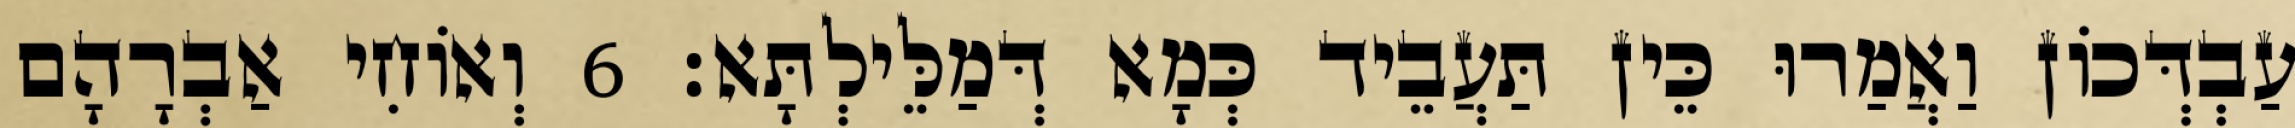
עַבְדְּכוֹן וַאֲמַרוּ כֵּין תַּעֲבֵיד כְּמָא דְּמַלֵּילְתָּא׃ 6 וְאוֹחִי אַבְרָהָם